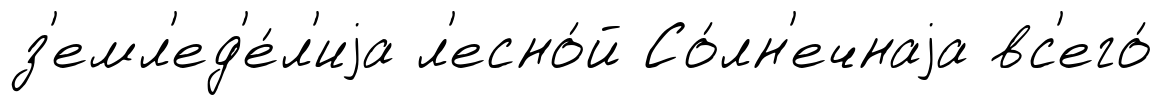
з'емл'ед'е́л'иjа л'есно́й Со́лн'ечнаjа вс'его́